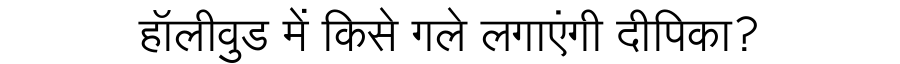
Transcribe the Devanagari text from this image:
हॉलीवुड में किसे गले लगाएंगी दीपिका?